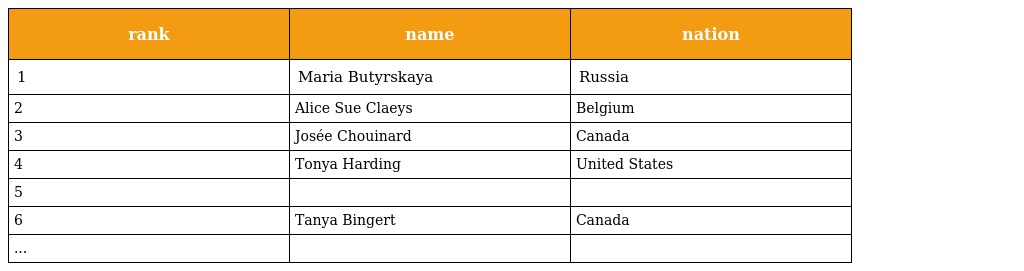
| rank | name | nation |
 | --- | --- | --- |
 | 1 | Maria Butyrskaya | Russia |
 | 2 | Alice Sue Claeys | Belgium |
 | 3 | Josée Chouinard | Canada |
 | 4 | Tonya Harding | United States |
 | 5 |  |  |
 | 6 | Tanya Bingert | Canada |
 | ... |  |  |